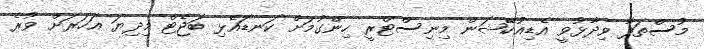
މުސްތަފާ ވިދާޅުވީ އެޑިއުކޭޝަން މިނިސްޓްރީ ހިންގުމަށް ކަނޑައެޅި ބަޖެޓް މިދިޔަ އަހަރަށް ވުރެ